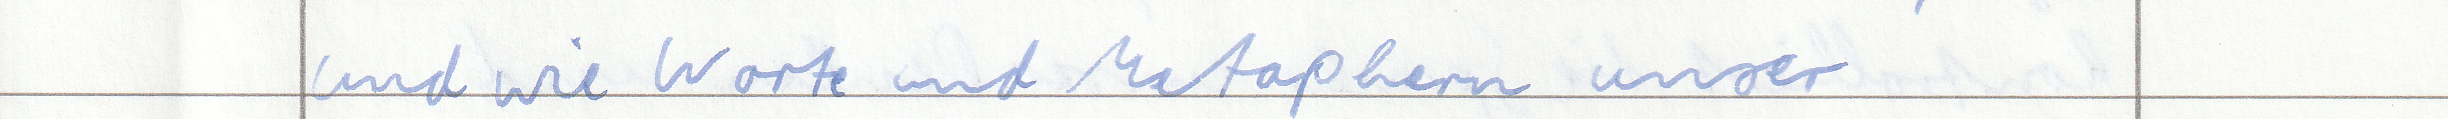
und wie Worte und Metaphern unser